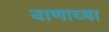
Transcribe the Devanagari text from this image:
वाणाच्या